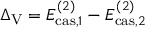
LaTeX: \Delta _ { \mathrm { V } } = E _ { \mathrm { c a s , } 1 } ^ { ( 2 ) } - E _ { \mathrm { c a s , } 2 } ^ { ( 2 ) }